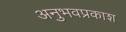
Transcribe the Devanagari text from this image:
अनुभवप्रकाश